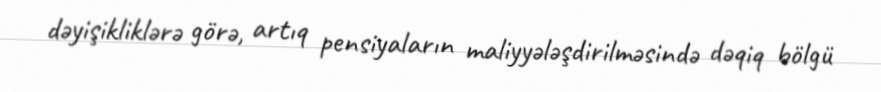
dəyişikliklərə görə, artıq pensiyaların maliyyələşdirilməsində dəqiq bölgü